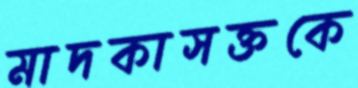
মাদকাসক্তকে